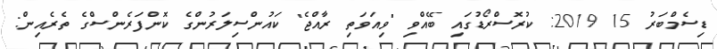
ޑިސެމްބަރު 15 2019: ކުރޮސްރޯޑުގައި ބޭއްވި "ވިއަވަތި ރާއްޖެ" ކައުންސިލަރުންގެ ކޮންފަރެންސްގެ ތެރެއިން: